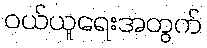
ဝယ်ယူရေးအတွက်